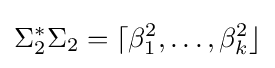
\Sigma _{2}^{*}\Sigma _{2}=\lceil \beta _{1}^{2},\dots ,\beta _{k}^{2}\rfloor